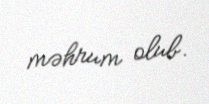
məhrum olub.